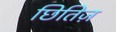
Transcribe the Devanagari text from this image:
छितिज़